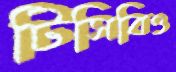
টিসিবিও